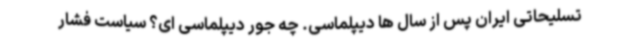
تسلیحاتی ایران پس از سال ها دیپلماسی. چه جور دیپلماسی ای؟ سیاست فشار